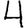
Digit: 4